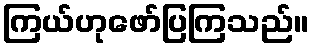
ကြယ်ဟုဖော်ပြကြသည်။